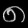
Digit: ၈